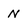
Character: N